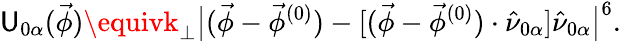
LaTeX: \mathsf{U}_{0\alpha}(\vec{{\phi}})\equivk_{\perp}\big|(\vec{{\phi}}-\vec{{\phi}}^{(0)})-[(\vec{{\phi}}-\vec{{\phi}}^{(0)})\cdot\hat{{\nu}}_{0\alpha}]\hat{{\nu}}_{0\alpha}\big|^{6}.